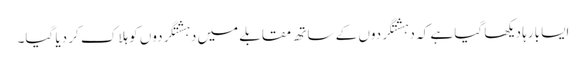
ایسا بارہا دیکھا گیا ہے کہ دہشتگردوں کے ساتھ مقابلے میں دہشتگردوں کو ہلاک کر دیا گیا۔